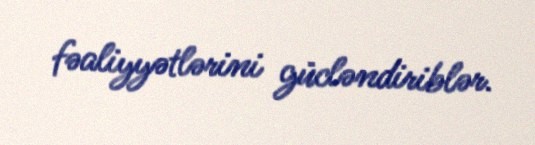
fəaliyyətlərini gücləndiriblər.